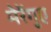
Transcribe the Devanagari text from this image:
मेरेंगुए